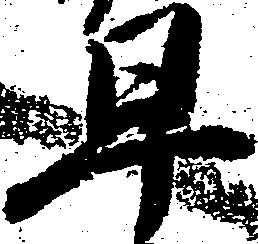
早